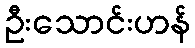
ဦးသောင်းဟန်